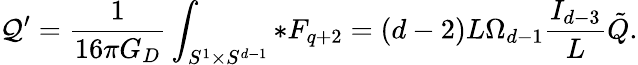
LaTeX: {\cal Q}^{\prime}={\frac{1}{16\pi G_{D}}}\int_{S^{1}\times S^{d-1}}*F_{q+2}=(d-2)L\Omega_{d-1}{\frac{I_{d-3}}{L}}\tilde{Q}.